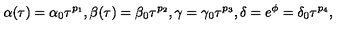
\alpha ( \tau ) = \alpha _ { 0 } \tau ^ { p _ { 1 } } , \beta ( \tau ) = \beta _ { 0 } \tau ^ { p _ { 2 } } , \gamma = \gamma _ { 0 } \tau ^ { p _ { 3 } } , \delta = e ^ { \phi } = \delta _ { 0 } \tau ^ { p _ { 4 } } ,